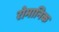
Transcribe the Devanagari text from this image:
रोमानिक